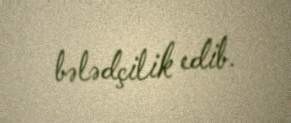
bələdçilik edib.